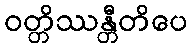
ဝတ္တိဿန္တီတိပေ